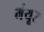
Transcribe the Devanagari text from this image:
मंयूर